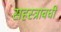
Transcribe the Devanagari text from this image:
सहस्त्रावधी